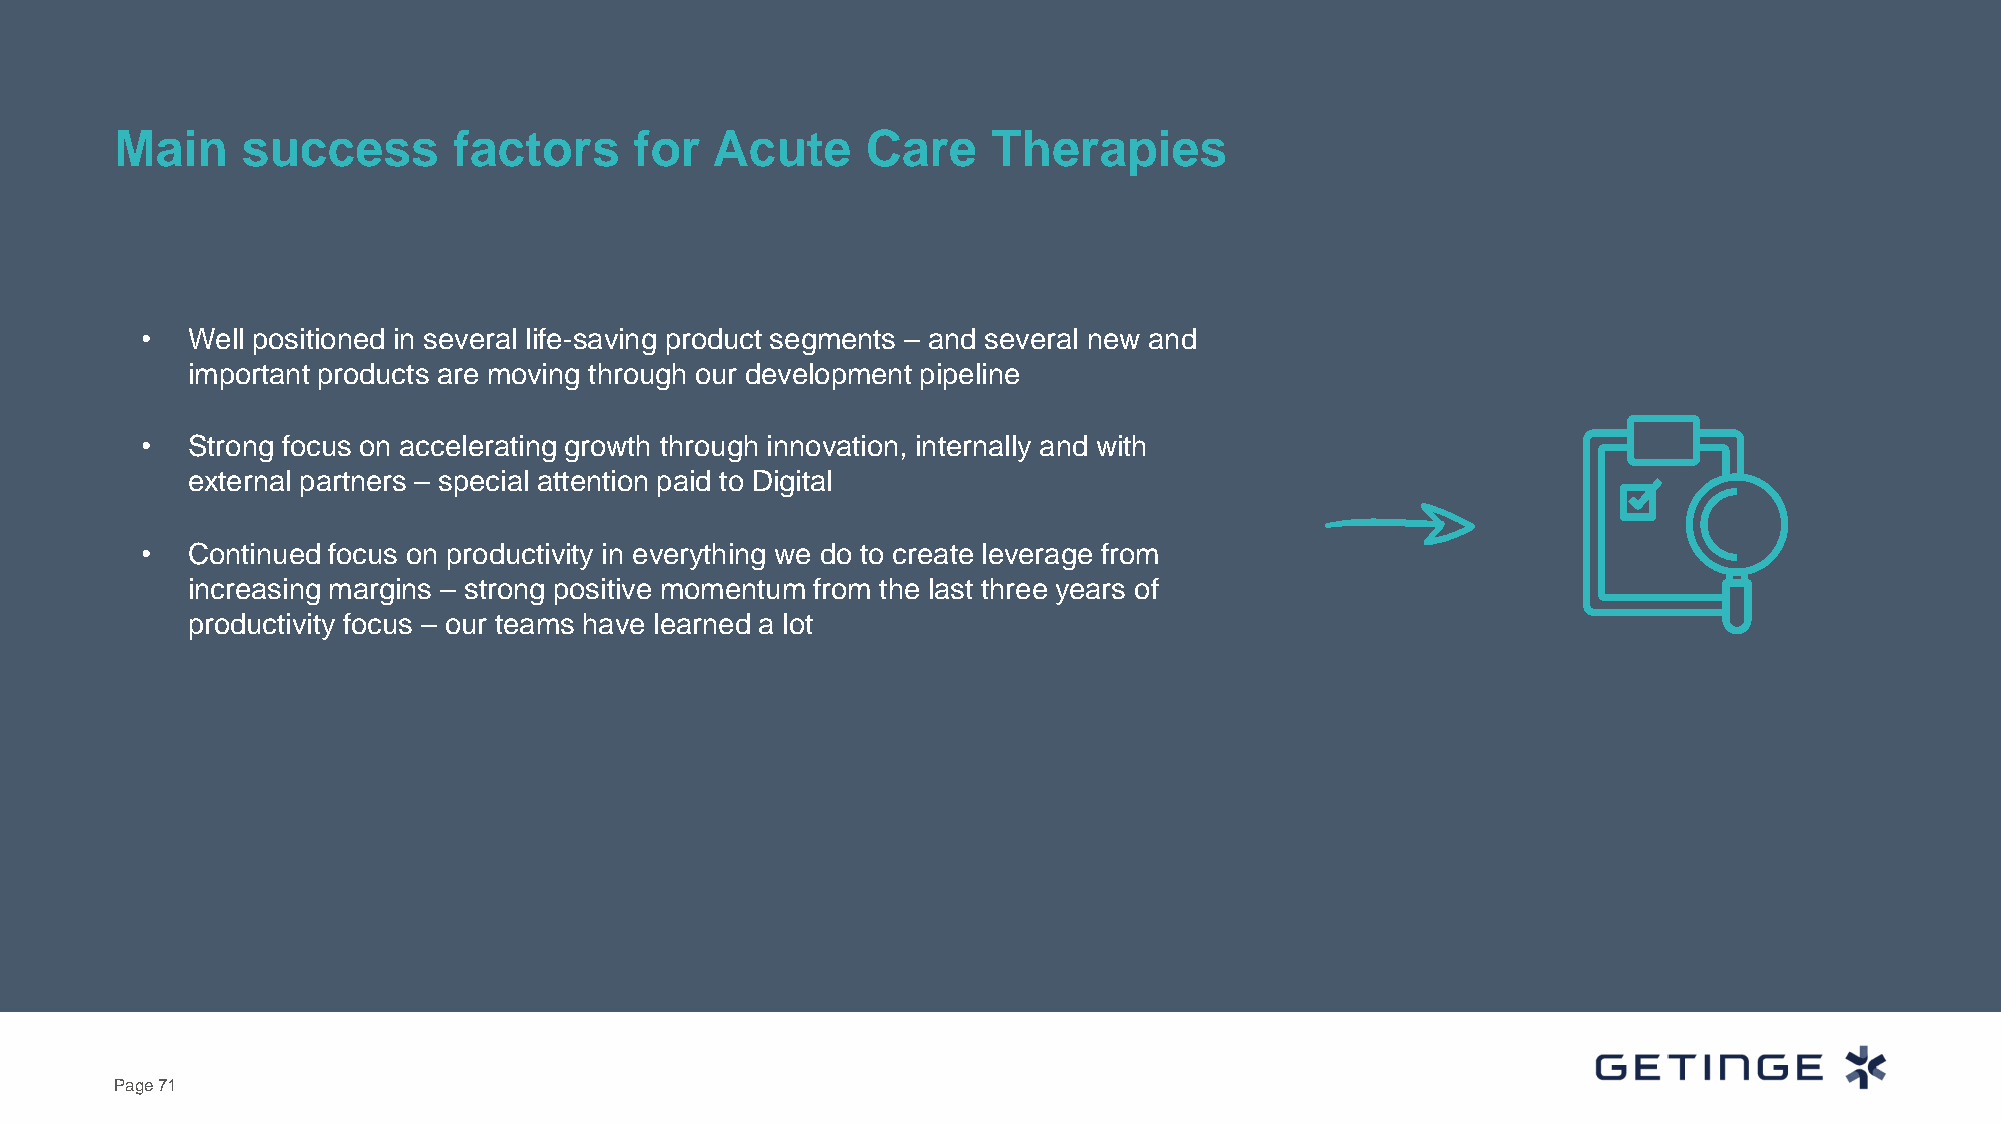
Main    success       factors     for  Acute     Care     Therapies
 •  Well positioned in several life-saving product segments – and several new and
 important products are moving through our development pipeline
 •  Strong focus on accelerating growth through innovation, internally and with
 external partners – special attention paid to Digital
 •  Continued focus on productivity in everything we do to create leverage from
 increasing margins – strong positive momentum from the last three years of
 productivity focus – our teams have learned a lot
 Page 71